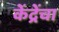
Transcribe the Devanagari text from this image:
केंद्रेंचा